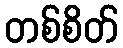
တစ်စိတ်